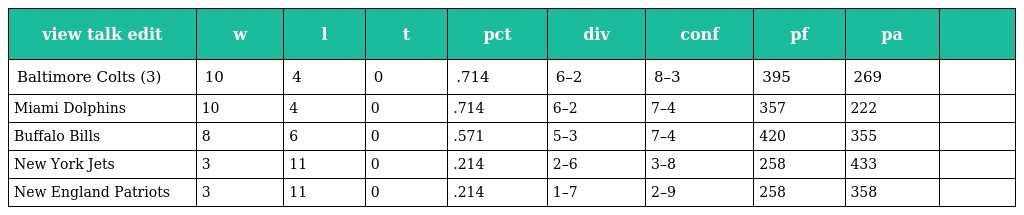
| view talk edit | w | l | t | pct | div | conf | pf | pa |  |
 | --- | --- | --- | --- | --- | --- | --- | --- | --- | --- |
 | Baltimore Colts (3) | 10 | 4 | 0 | .714 | 6–2 | 8–3 | 395 | 269 |  |
 | Miami Dolphins | 10 | 4 | 0 | .714 | 6–2 | 7–4 | 357 | 222 |  |
 | Buffalo Bills | 8 | 6 | 0 | .571 | 5–3 | 7–4 | 420 | 355 |  |
 | New York Jets | 3 | 11 | 0 | .214 | 2–6 | 3–8 | 258 | 433 |  |
 | New England Patriots | 3 | 11 | 0 | .214 | 1–7 | 2–9 | 258 | 358 |  |